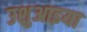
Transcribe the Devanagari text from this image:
उशुआइया